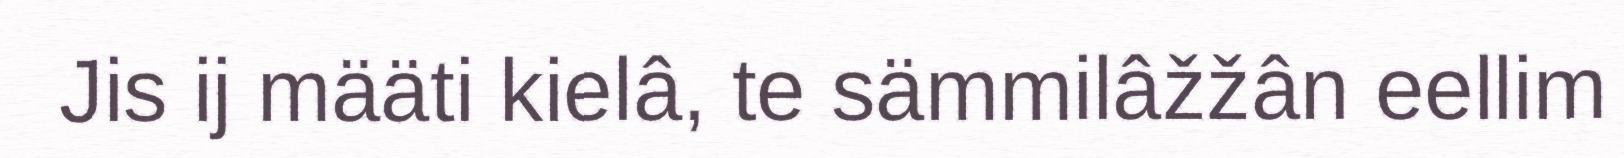
Jis ij määti kielâ, te sämmilâžžân eellim